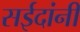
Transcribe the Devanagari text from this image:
सईदांनी